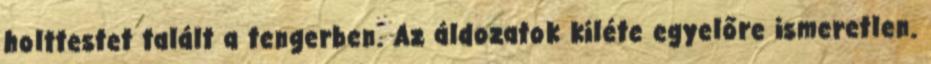
holttestet talált a tengerben. Az áldozatok kiléte egyelőre ismeretlen.